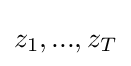
z_{1},...,z_{T}